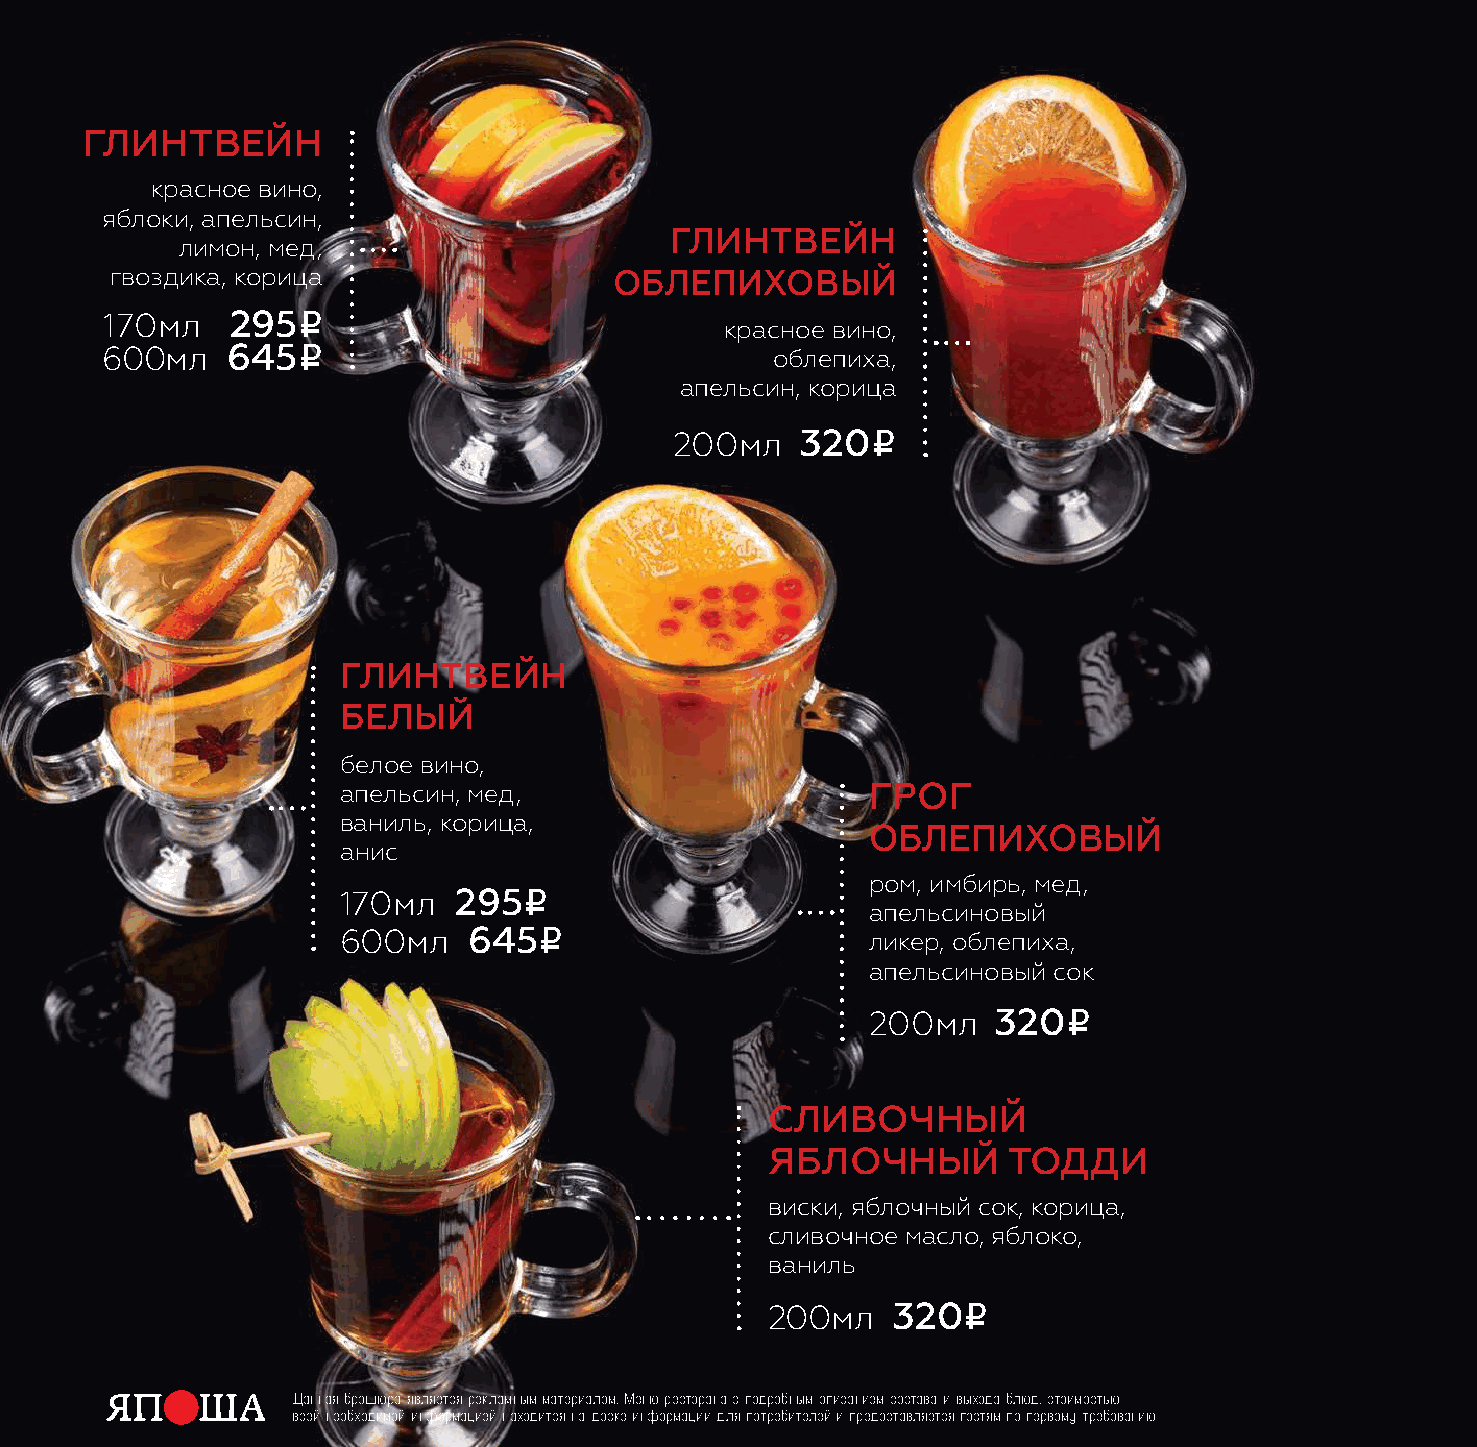
Глинтвейн
 красное вино,
 яблоки, апельсин,
 Глинтвейн
 лимон, мед,
 гвоздика, корица                  облепиховый
 i
 170мл   295
 красное вино,
 i
 600мл   645                                 облепиха,
 апельсин, корица
 i
 200мл   320
 Глинтвейн
 белый
 белое вино,
 апельсин, мед,                      ГроГ
 ваниль, корица,
 облепиховый
 анис
 i                     ром, имбирь, мед,
 170мл   295
 апельсиновый
 i
 600мл    645                       ликер, облепиха,
 апельсиновый сок
 i
 200мл    320
 сливоЧный
 яблоЧный        тодди
 виски, яблочный сок, корица,
 сливочное масло, яблоко,
 ваниль
 i
 200мл   320
 Данная брошюра является рекламным материалом. Меню ресторана с подробным описанием состава и выхода блюд, стоимостью
 всей необходимой информацией находится на доске информации для потребителей и предоставляется гостям по первому требованию